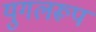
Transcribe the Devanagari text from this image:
युगलरूप